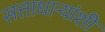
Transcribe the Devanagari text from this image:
सत्ताधाऱ्यांशी